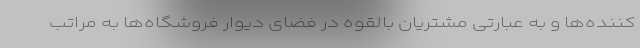
کننده‌ها و به عبارتی مشتریان بالقوه در فضای دیوار فروشگاه‌ها به مراتب